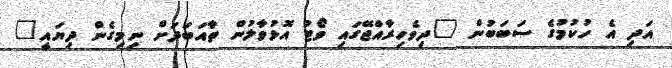
އަދި އެ ހުކުމުގެ ސަބަބުން "ދިވެހިރާއްޖޭގައި ވޯޓު އޮޅުވާލުން ތާއަބަދަށް ނިމިގެން ދިޔައީ"